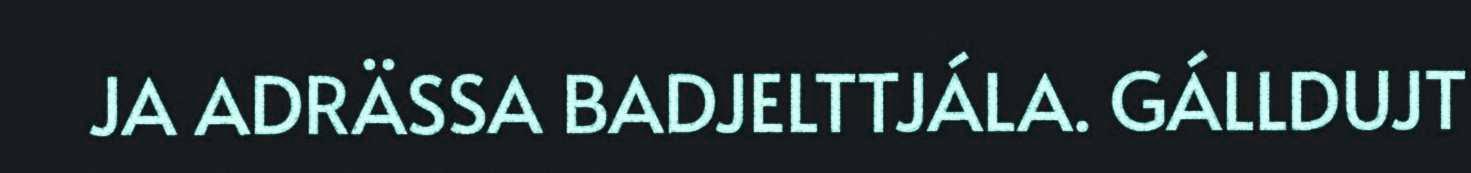
JA ADRÄSSA BADJELTTJÁLA. GÁLLDUJT